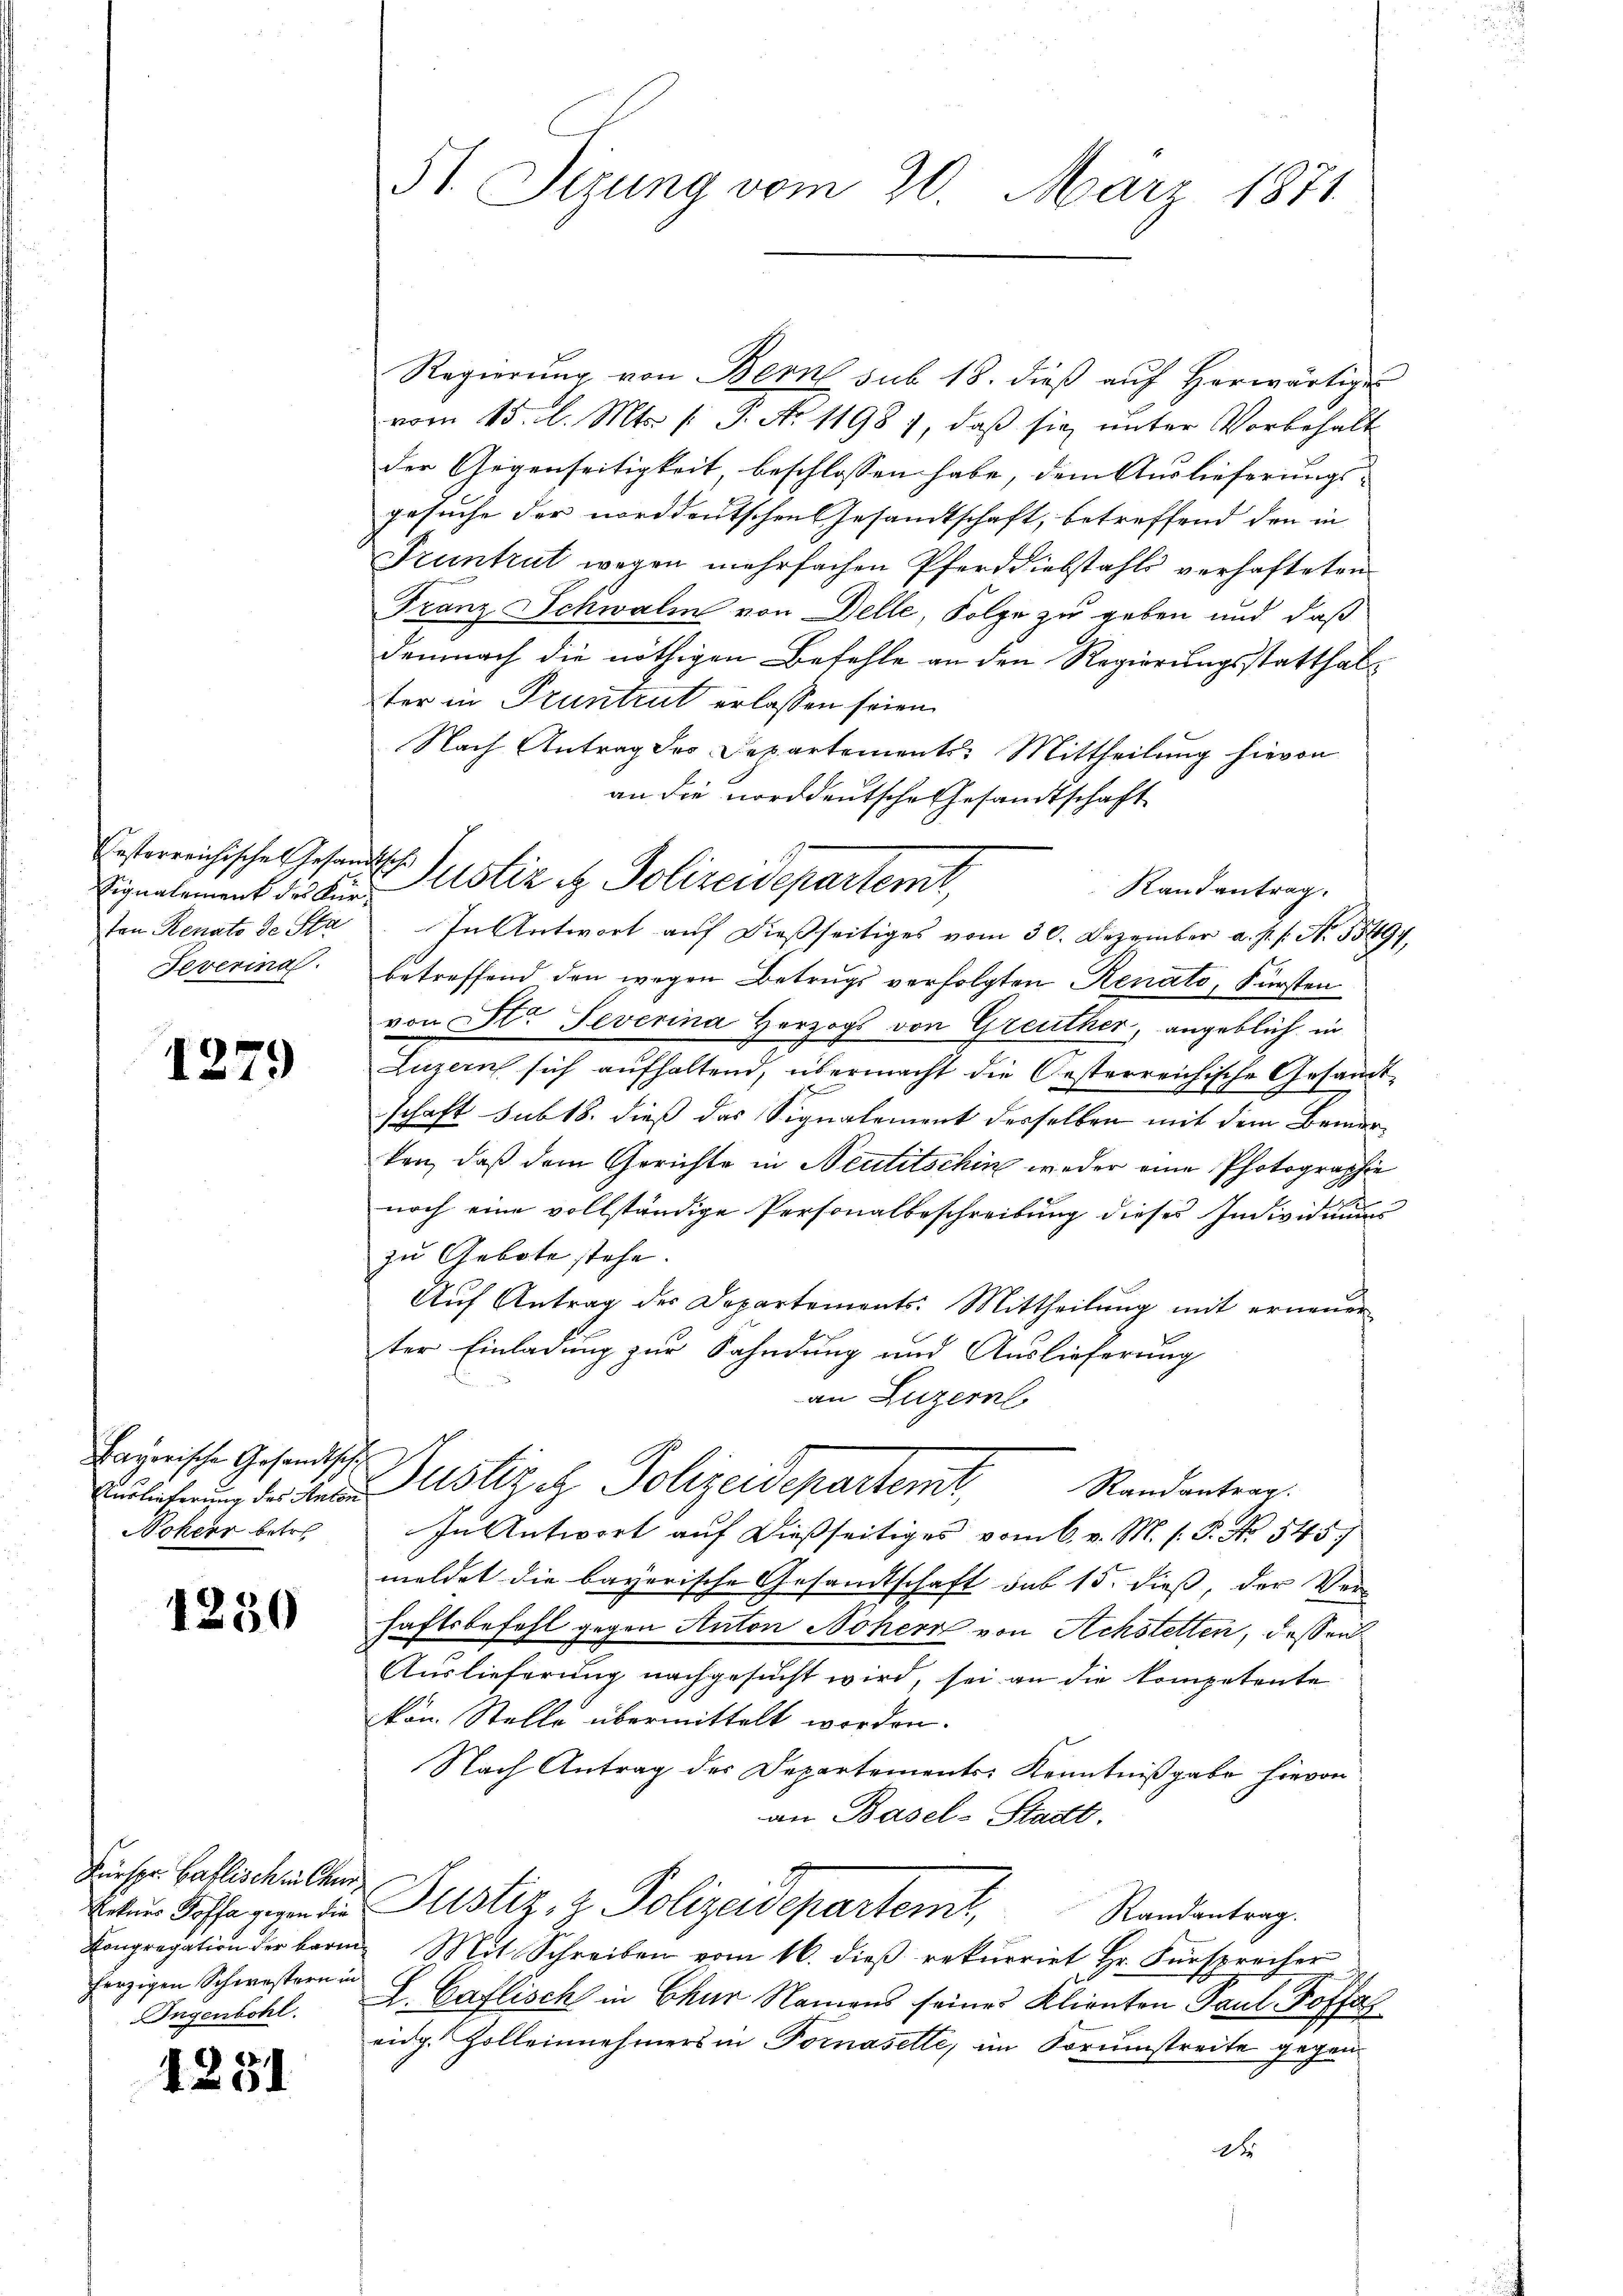
Festerreichische Gesandtsche
Signalement des Fürton Senato de Sta
Feverina

1279

Bayerische Gesandtsche
Nokeer betre

1250

Fürspr. Ballisch in Canherzigen Schwestern in

1251

51. Sizung vom 20. März 1871

Regierŭng von Bern sub 18. dieβ aŭf herwärtige
vom 15. l. Mts. f. P. Nr. 1198), daß sie unter Vorbehalt
der Gegenseitigkeit, beschlossen habe, dem Auslieferungs- |
gesuche der norddeutschen Gesandtschaft, betreffend den in
Pruntrut wegen mehrfachen Pferddiebstahls verhafteten
Franz Schwalm von Delle, Folge zu geben und daß
demnach die nöthigen Befehle an den Regierungsstatthalter in Pruntrut erlassen seien.
Nach Antrag des Departements-Mittheilung hievon
an die norddeutsche Gesandtschaft
In Antwort auf dießseitiges vom 30. Dezember a. p. s. No. 55494.
betreffend den wegen Betrugs verfolgten Renato, Fürsten

von Str. Severina Herzogs von Greuther, angeblich in
Luzern sich aufhaltend, übermacht die Oesterreichische Gesamt-
schaft sub 18. dieß das Signalement derselben mit dem Bemerken, daß dem Gerichte in Neutitschin weder eine Photographie
noch eine vollständige Personalbeschreibung dieses Individuum
zu Gebote stehe.
Aŭf Antrag der Departements: Mittheilŭng mit erneŭer
ter Einladung zur Fahndung und Auslieferung
an Luzern

Justiz & Polizeidepartemt,
Randantrag.

Bulacherung der Mein Justiz et Polizeidepartemit,
Randantrag.
In Antwort auf dießseitiges vom 6. v. M. h. T. No. 545

meldet die bayerische Gesandtschaft sub 15. dieß, der Ver-
haftsbefehl gegen Anton Nohern von Achstetten, dessen
Auslieferung nachgesucht wird, sei an die kompetente
kan. Stelle übermittelt werden.
Nach Antrag der Departements Kenntnißgabe hievon
an Basel-Stadt.
Natur Hoffe gegen die Justiz & Polizeidepartem,
Randantrag.
Congregation der barme Mit Schreiben vom 16. dieβ rekurrirt Hr. Fürsprecher
Ingenbohl. I. Caflisch in Chur Namens seines Klienten Paul Koffel
eidg. Zolleinnehmers in Fornasette, im Korumstreite gegen¬
A